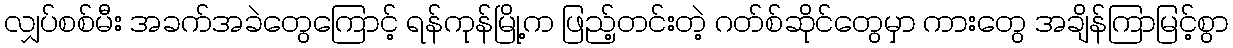
လျှပ်စစ်မီး အခက်အခဲတွေကြောင့် ရန်ကုန်မြို့က ဖြည့်တင်းတဲ့ ဂတ်စ်ဆိုင်တွေမှာ ကားတွေ အချိန်ကြာမြင့်စွာ